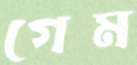
গেম